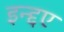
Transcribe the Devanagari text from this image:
इन्द्दए